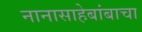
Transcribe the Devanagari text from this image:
नानासाहेबांबाचा